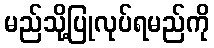
မည်သို့ပြုလုပ်ရမည်ကို